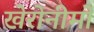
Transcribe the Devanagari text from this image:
खेरोनीमो